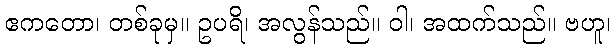
ဧကတော၊ တစ်ခုမှ။ ဥပရိ၊ အလွန်သည်။ ဝါ၊ အထက်သည်။ ဗဟူ၊